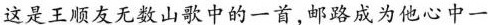
这是王顺友无数山歌中的一首,邮路成为他心中一